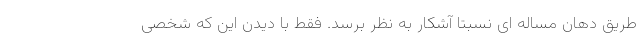
طریق دهان مساله ای نسبتا آشکار به نظر برسد. فقط با دیدن این که شخصی